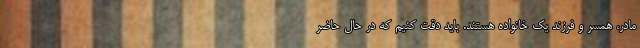
مادر، همسر و فرزند یک خانواده هستند. باید دقت کنیم که در حال حاضر